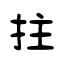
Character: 拄